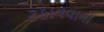
ટકાવવાનો